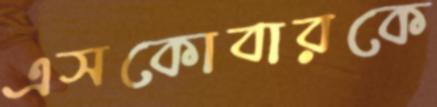
এসকোবারকে